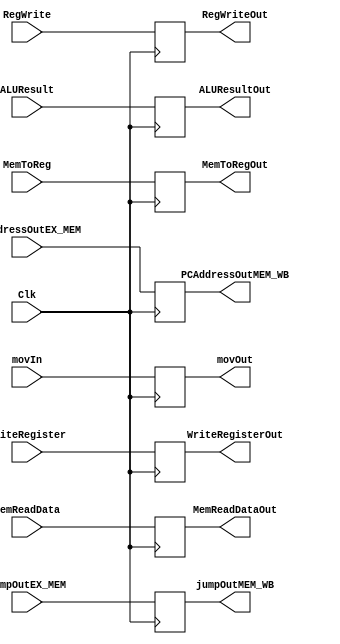
`timescale 1ns / 1ps
//////////////////////////////////////////////////////////////////////////////////
// Company: 
// Engineer: 
// 
// Design Name: 
// Module Name: MEM_WB
// Project Name: 
// Target Devices: 
// Tool Versions: 
// Description: 
// 
// Dependencies: 
// 
// Revision:
// Revision 0.01 - File Created
// Additional Comments:
// 
//////////////////////////////////////////////////////////////////////////////////


module MEM_WB(Clk, RegWrite, MemToReg, MemReadData, ALUResult, WriteRegister,
    RegWriteOut, MemToRegOut, MemReadDataOut, ALUResultOut, WriteRegisterOut, movIn, movOut, PCAddressOutEX_MEM,
        PCAddressOutMEM_WB, jumpOutEX_MEM, jumpOutMEM_WB);
    
    input Clk, RegWrite, MemToReg, movIn, jumpOutEX_MEM;
    input [4:0] WriteRegister;
    input [31:0] MemReadData, ALUResult, PCAddressOutEX_MEM;
    output reg RegWriteOut, MemToRegOut, movOut, jumpOutMEM_WB;
    output reg [4:0] WriteRegisterOut;
    output reg [31:0] MemReadDataOut, ALUResultOut, PCAddressOutMEM_WB;
    
    always@(posedge Clk) begin
        RegWriteOut <= RegWrite;
        MemToRegOut <= MemToReg;
        MemReadDataOut <= MemReadData;
        ALUResultOut <= ALUResult;
        WriteRegisterOut <= WriteRegister;
        movOut          <= movIn;
        PCAddressOutMEM_WB <= PCAddressOutEX_MEM;
        jumpOutMEM_WB <= jumpOutEX_MEM;
    end
endmodule